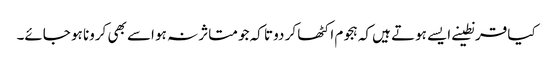
کیا قرنطینے ایسے ہوتے ہیں کہ ہجوم اکٹھا کر دو تا کہ جو متاثر نہ ہو اسے بھی کرونا ہو جائے۔